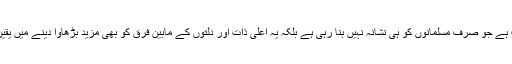
یہ ایسی ذہنیت ہے جو صرف مسلمانوں کو ہی نشانہ نہیں بنا رہی ہے بلکہ یہ اعلی ذات اور دلتوں کے مابین فرق کو بھی مزید بڑھاوا دینے میں یقین رکھتی ہے ۔